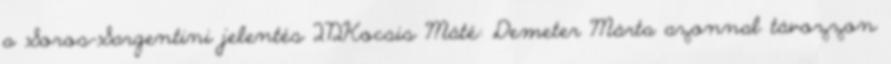
a Soros-Sargentini jelentés 272Kocsis Máté: Demeter Márta azonnal távozzon